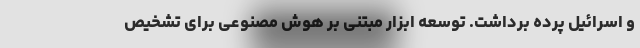
و اسرائیل پرده برداشت. توسعه ابزار مبتنی بر هوش مصنوعی برای تشخیص